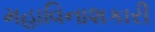
મહાવિનાશકારી